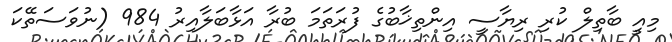
މިއީ ބާތިލް ކުރި ރިޔާސީ އިންތިޚާބުގެ ފުރަތަމަ ބުރާ އަޅާބަލާއިރު 984 (ނުވަސަތޭކަ